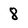
Character: 8